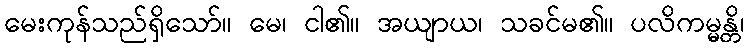
မေးကုန်သည်ရှိသော်။ မေ၊ ငါ၏။ အယျာယ၊ သခင်မ၏။ ပလိကမ္မန္တိ၊